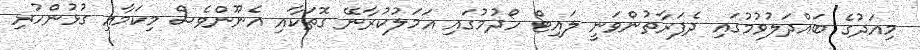
މިއަދުގެ ބައްދަލުވުމުގައި ދެފަރާތުންވަނީ ލައިޓް ހޯދުމުގައި އަމަލުކުރާނޭ ގޮތަކާއި އެނޫންވެސް މިކަމާއި ގުޅުންހުރި